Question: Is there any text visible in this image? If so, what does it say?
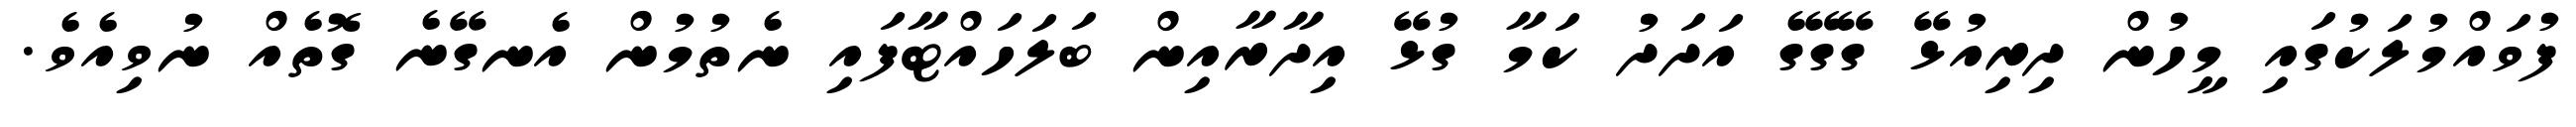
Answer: ފުވައްމުލަކުގައި މީހުން ދިރިއުޅޭ ގޭގޭގެ އަދަދު ކަމާ ގުޅޭ އިދާރާއިން ބަލަހައްޓާފައި ނެތުމުން އެނގޭނެ ގޮތެއް ނުވިއެވެ.